Statistical return of the lunatic asylum in Assam - 1912-1932
Year: 1912
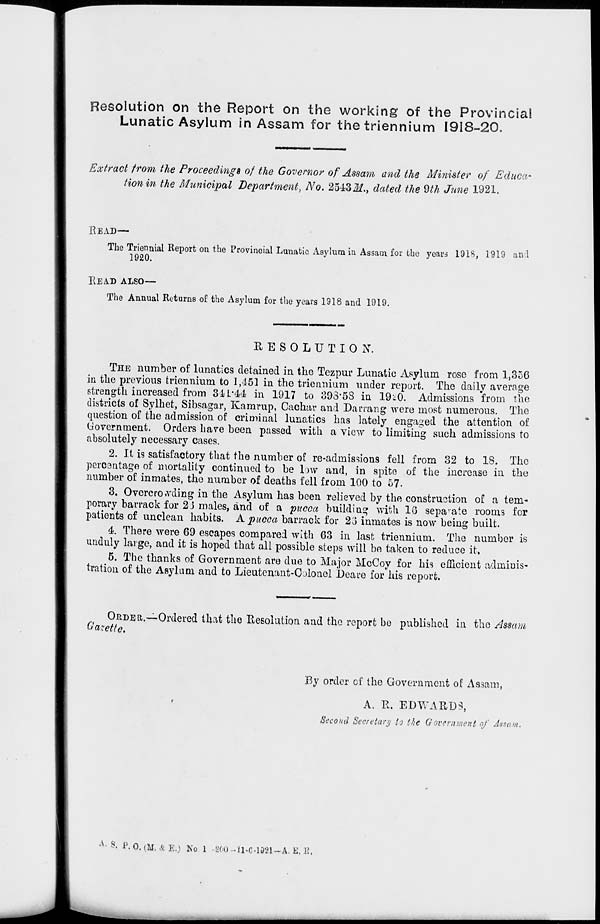
Resolution on the Report on the working of the Provincial
Lunatic Asylum in Assam for the triennium 1918-20.
Extract from the Proceeding* of the Governor of Assam and the Minister of Educa-
tion in the Municipal Department^ No. 25431/., dated the 9th June 1921.
HEAD—
The Triennial Report OQ the Provincial Lunatic Asylum in Assam for the years 1918, 1919 and
1920.
READ ALSO—
The Annual Returns of the Asylum for the years 1918 and 1919.
RESOLUTION.
THE number of lunatics detained in the Tezpur Lunatic Asylum rose from 1,356
in the previous triennium to 1,151 in the triennium under report. The daily average
strength increased from 3iL'44 in 1917 to 393*53 in 19i0. Admissions from the
districts of Sylhet, Sibsagar, Kamrup, Cachar and Darrang were most numerous. The
question of the admission of criminal lunatics has lately engaged the attention of
Government. Orders have been passed with a view to limiting such admissions to
absolutely necessary cases.
2. It is satisfactory that the number of re-admission9 fell from 32 to 18. The
percentage of mortality continued to be low and, in spite of the increase in the
number of inmates, the number of deaths fell from 100 to 57.
3. Overcrowding in the Asylum has been relieved by the construction of a tem-
porary barrack for 2J males, and of a yucca building with 10 sepa v ate rooms for
patients of unclean habits. Apitcca barrack for 23 inmates is now being built.
4. There were 69 escapes compared with 63 in last triennium. The number is
unduly large, and it is hoped that all possible steps will be taken to reduce it,
5. The thanks of Government are due to Major McCoy for his efficient adminis-
tration of the Asylum and to Lieutenant-Colonel Deare for his report.
ORDER.-
Garette.
■Ordered that the Resolution and the report bo published in the Assam
By order of the Government of Assam,
A. R. EDWARDS,
Second Secretary (o the Government of Assam,
A - S, P. O. (M. & E.) No 1 200 -ii-c-13'n-A. E, K,